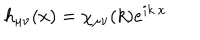
h _ { \mu \nu } ( x ) = \chi _ { \mu \nu } ( k ) e ^ { i k . x }